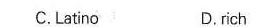
C.Latinc D, rich